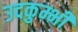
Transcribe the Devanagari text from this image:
उदकुम्भी